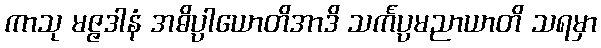
ကာသု မဇ္ဇဒါနံ အဓိပ္ပါယောတိအာဒိ သင်္ကပ္ပမညာယာတိ သရမှာ